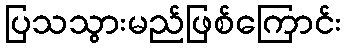
ပြသသွားမည်ဖြစ်ကြောင်း